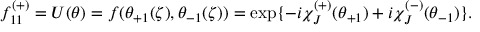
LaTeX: f _ { 1 1 } ^ { ( + ) } = U ( \theta ) = f ( \theta _ { + 1 } ( \zeta ) , \theta _ { - 1 } ( \zeta ) ) = \exp \{ - i \chi _ { J } ^ { ( + ) } ( \theta _ { + 1 } ) + i \chi _ { J } ^ { ( - ) } ( \theta _ { - 1 } ) \} .